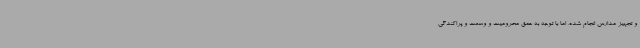
و تجهیز مدارس انجام شده، اما با توجه به عمق محرومیت و وسعت و پراکندگی